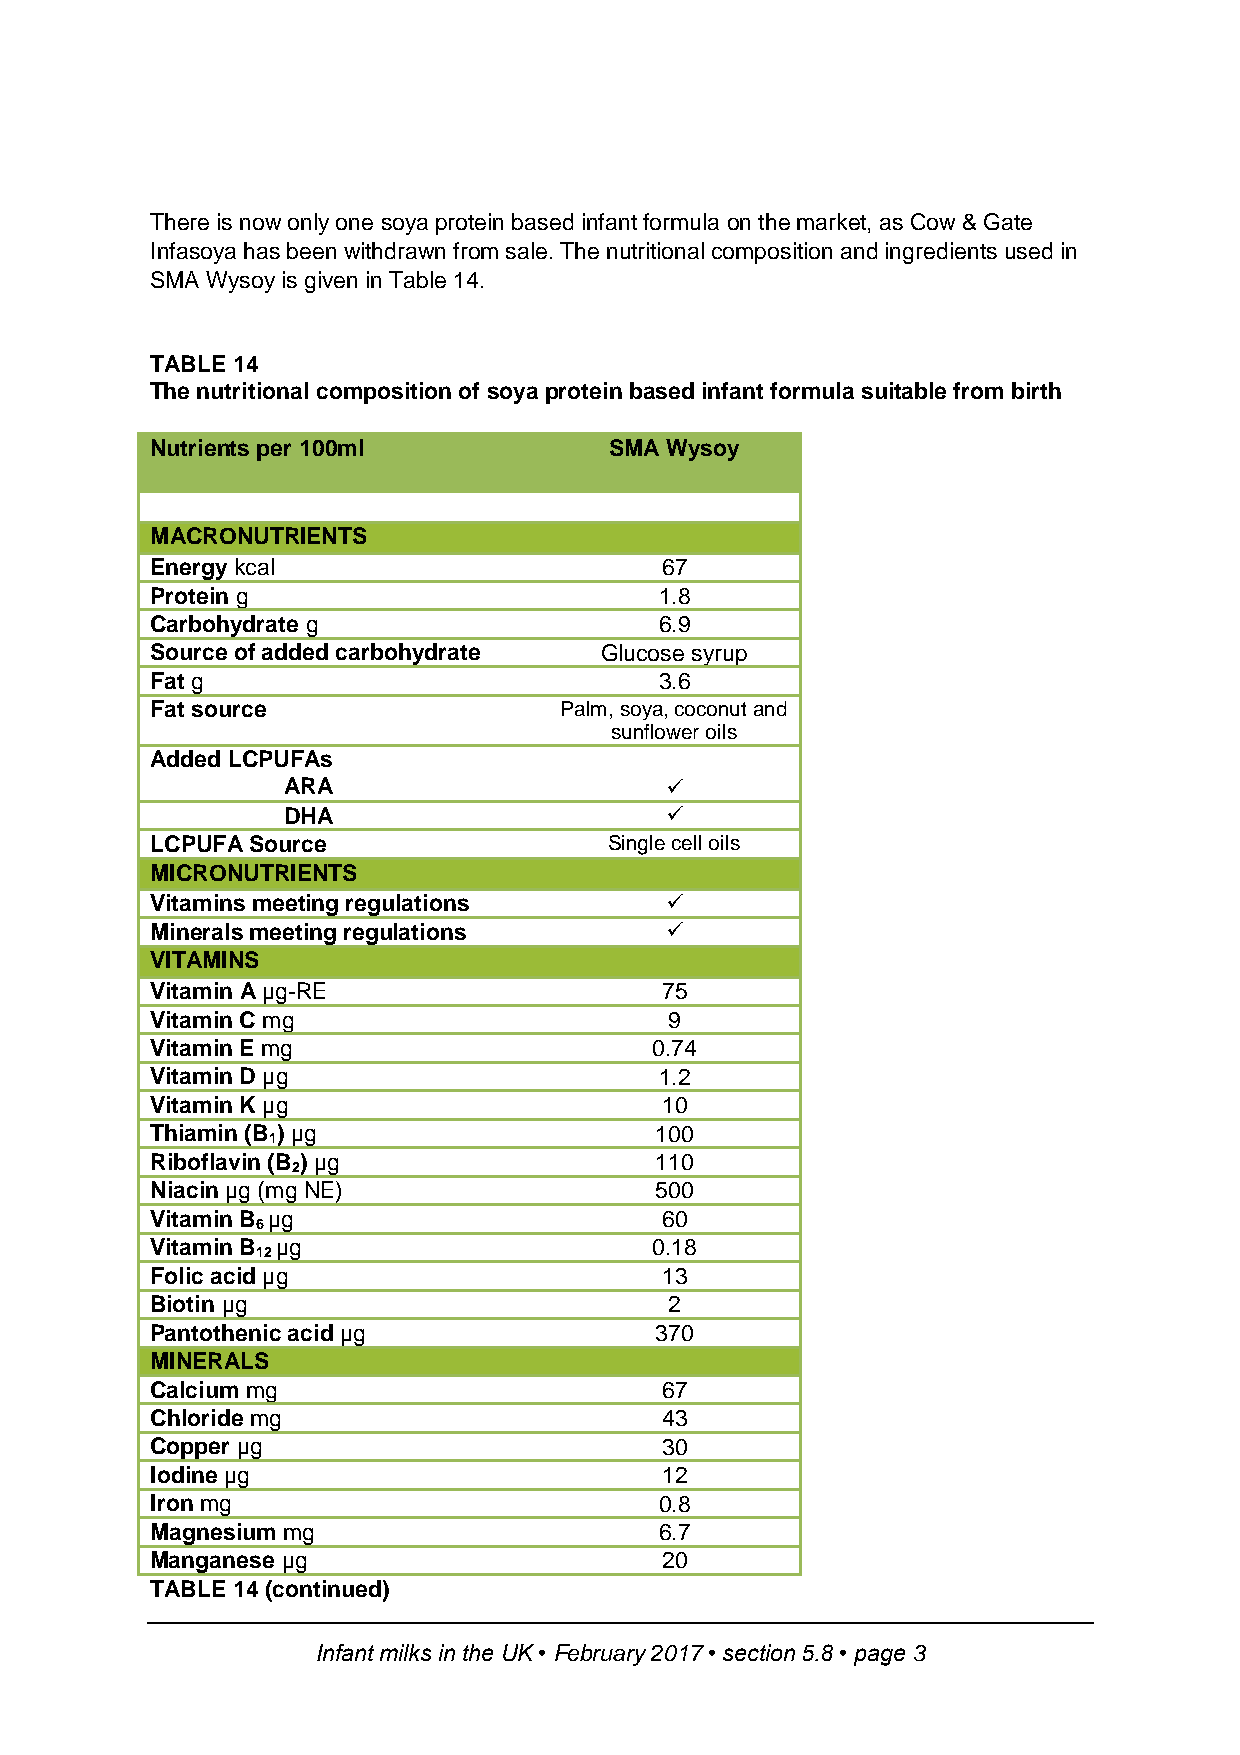
There is now only one soya protein based infant formula on the market, as Cow & Gate
 Infasoya has been withdrawn from sale. The nutritional composition and ingredients used in
 SMA Wysoy is given in Table 14.
 TABLE 14
 The nutritional composition of soya protein based infant formula suitable from birth
 Nutrients per 100ml           SMA Wysoy
 MACRONUTRIENTS
 Energy kcal                       67
 Protein g                         1.8
 Carbohydrate g                    6.9
 Source of added carbohydrate  Glucose syrup
 Fat g                             3.6
 Fat source                 Palm, soya, coconut and
 sunflower oils
 Added LCPUFAs
 ARA                      
 DHA                      
 LCPUFA Source                 Single cell oils
 MICRONUTRIENTS
 Vitamins meeting regulations      
 Minerals meeting regulations      
 VITAMINS
 Vitamin A µg-RE                   75
 Vitamin C mg                      9
 Vitamin E mg                     0.74
 Vitamin D µg                      1.2
 Vitamin K µg                      10
 Thiamin (B ) µg                  100
 1
 Riboflavin (B ) µg               110
 2
 Niacin µg (mg NE)                500
 Vitamin B µg                      60
 6
 Vitamin B µg                     0.18
 12
 Folic acid µg                     13
 Biotin µg                         2
 Pantothenic acid µg              370
 MINERALS
 Calcium mg                        67
 Chloride mg                       43
 Copper µg                         30
 Iodine µg                         12
 Iron mg                           0.8
 Magnesium mg                      6.7
 Manganese µg                      20
 TABLE 14 (continued)
 Infant milks in the UK • February 2017 • section 5.8 • page 3